Tartu_pedagoogiumi_aruanded, lk 19
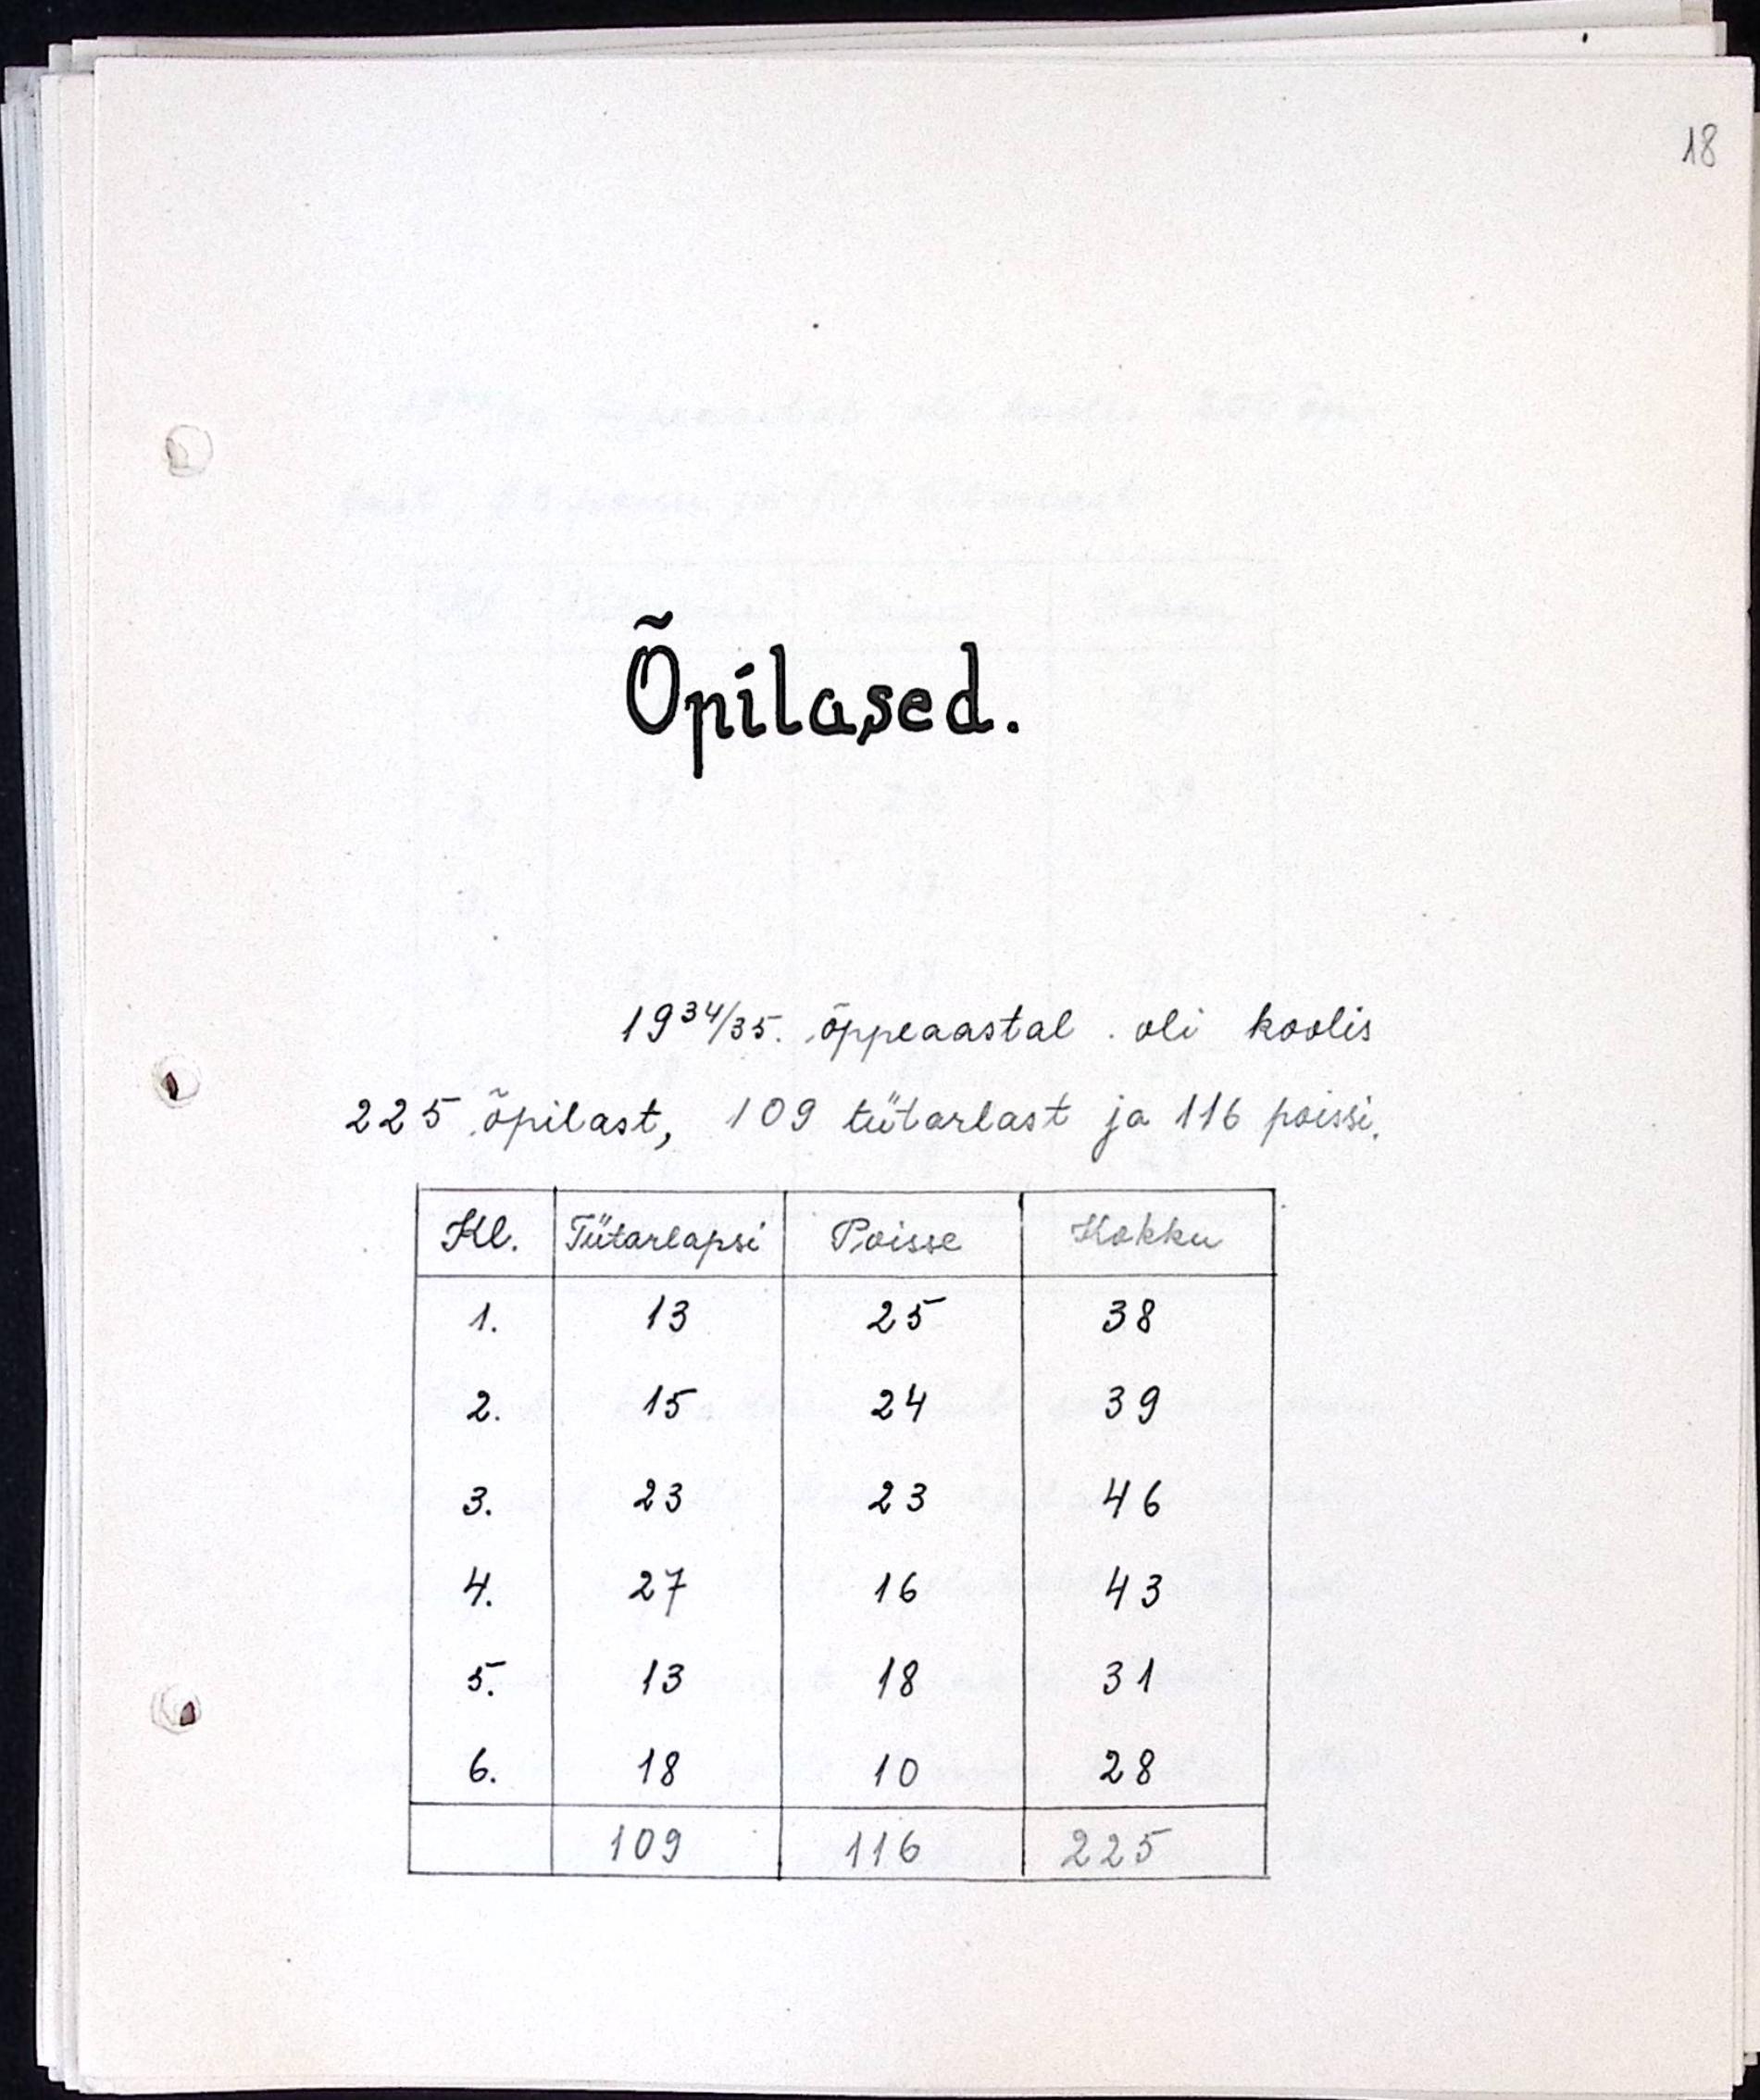
Õpilased.
1934/35. õppeaastal oli koolis
225 õpilast, 109 tütarlast ja 116 possi.
Kokku
Kl.
Tütarlapsi
Poisse
13
25
38
1.
15
39
24
2.
23
23
46
3.
27
16
43
4.
31
13
18
5.
28
18
6.
10
109
116
225